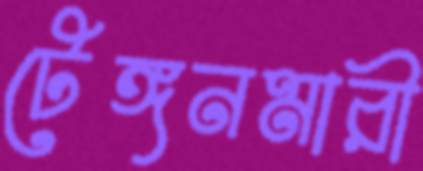
টেঙ্গনমারী